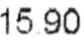
15.90